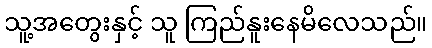
သူ့အတွေးနှင့် သူ ကြည်နူးနေမိလေသည်။